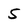
Character: 5